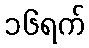
၁၆ရက်